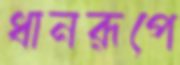
ধানরূপে